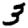
Digit: 3